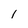
Character: 1